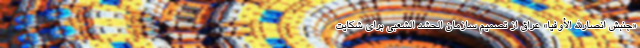
«جنبش انصارالله الأوفیا» عراق از تصمیم سازمان الحشد الشعبی برای شکایت